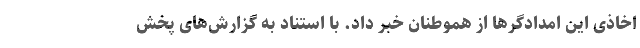
اخاذی این امدادگرها از هموطنان خبر داد. با استناد به گزارش‌های پخش